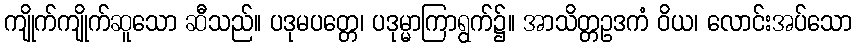
ကျိုက်ကျိုက်ဆူသော ဆီသည်။ ပဒုမပတ္တေ၊ ပဒုမ္မာကြာရွက်၌။ အာသိတ္တဥဒကံ ဝိယ၊ လောင်းအပ်သော